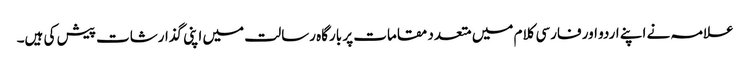
علامہ نے اپنے اردو اور فارسی کلام میں متعدد مقامات پر بارگاہ رسالت میں اپنی گذارشات پیش کی ہیں۔